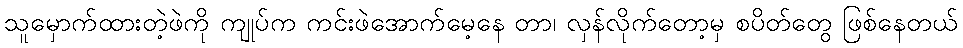
သူမှောက်ထားတဲ့ဖဲကို ကျုပ်က ကင်းဖဲအောက်မေ့နေ တာ၊ လှန်လိုက်တော့မှ စပိတ်တွေ ဖြစ်နေတယ်